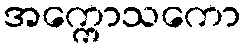
အက္ကောသကော